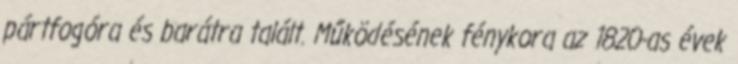
pártfogóra és barátra talált. Működésének fénykora az 1820-as évek